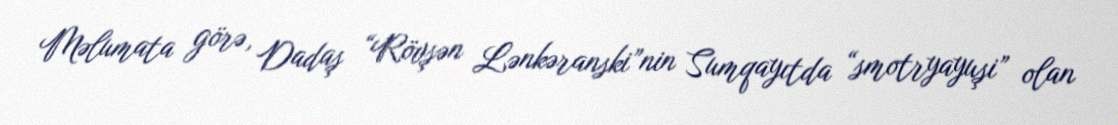
Məlumata görə, Dadaş “Rövşən Lənkəranski”nin Sumqayıtda “smotryayuşi” olan